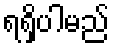
ရရှိပါမည်